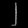
Digit: ၂